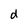
Character: d